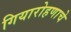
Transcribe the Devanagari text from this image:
गियारोहणाचे